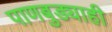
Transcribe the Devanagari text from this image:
पाणबुड्याही